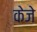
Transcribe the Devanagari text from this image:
केजे